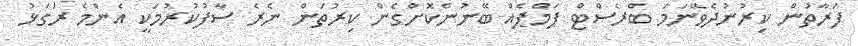
ފަރާތުން ކިރުނުދެވޭނަމަ ބްރެސްޓް ޕަމްޕެއް ބޭނުންކޮށްގެން ކިރުތަން ނެރެ ސާފުކުރުމަކީ އެންމެ ރަގަޅު